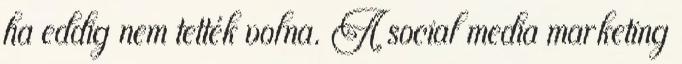
ha eddig nem tették volna. A social media marketing